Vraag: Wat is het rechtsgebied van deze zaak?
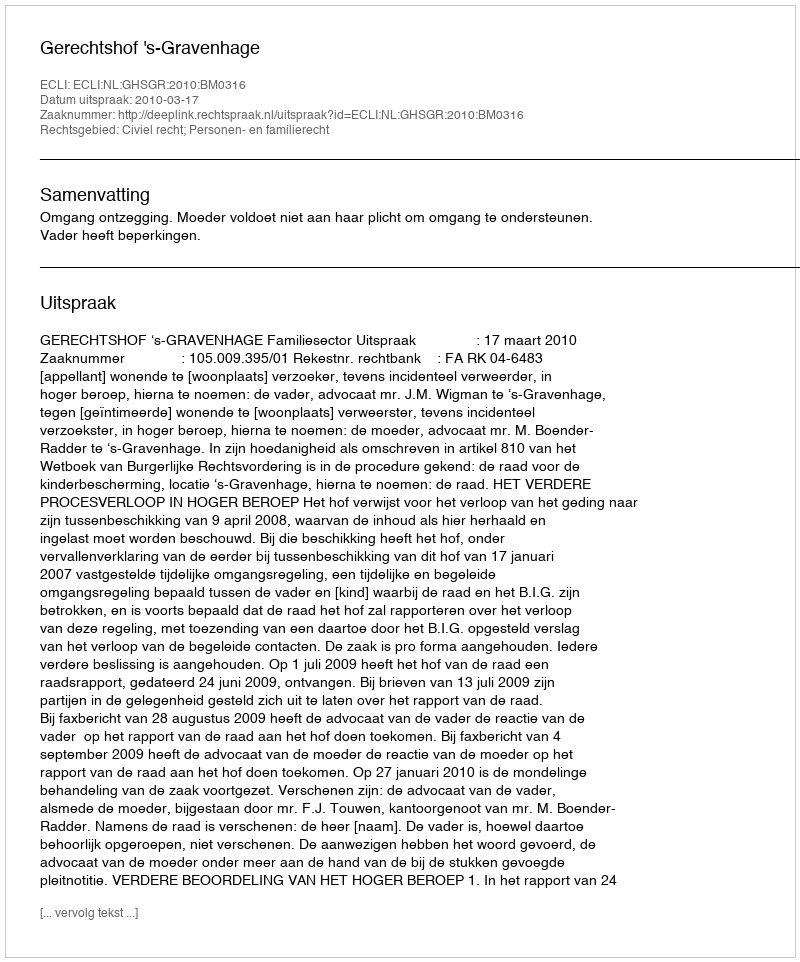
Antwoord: Civiel recht; Personen- en familierecht